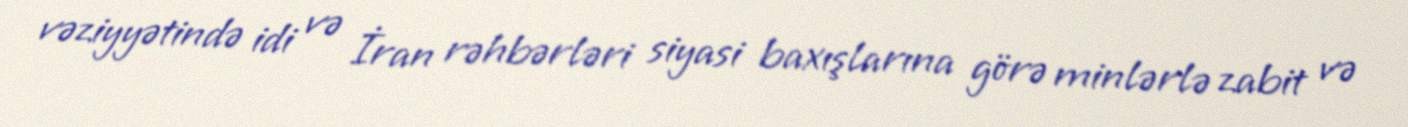
vəziyyətində idi və İran rəhbərləri siyasi baxışlarına görə minlərlə zabit və